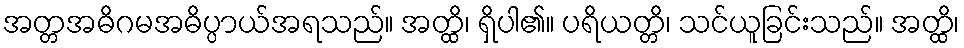
အတ္တအဓိဂမအဓိပ္ပာယ်အရသည်။ အတ္ထိ၊ ရှိပါ၏။ ပရိယတ္တိ၊ သင်ယူခြင်းသည်။ အတ္ထိ၊